Annual report of the Central Committee of the Association together with the report of the directors of the Pasteur Institute at Kasauli
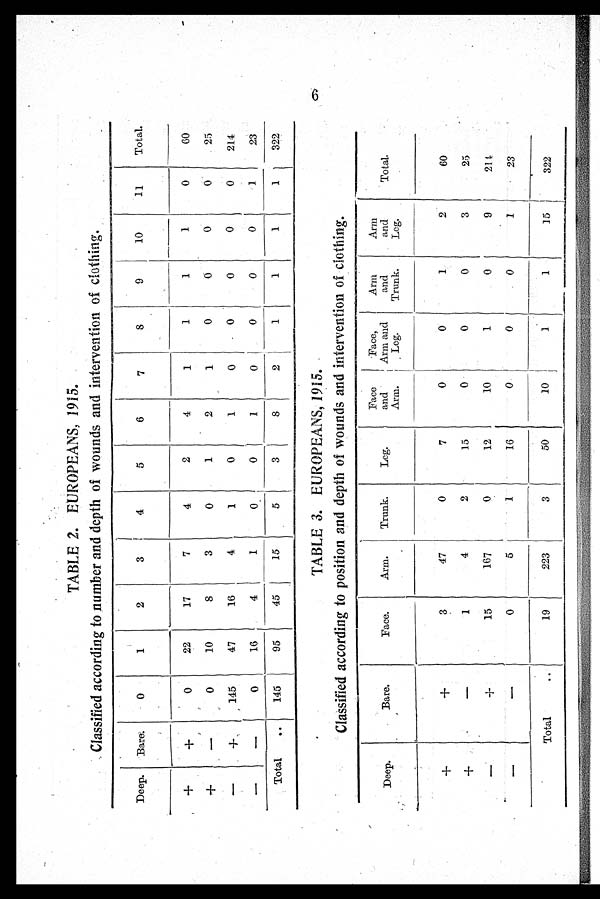
TABLE 2. EUROPEANS, 1915.
Classified according to number and depth of wounds and intervention of clothing.
Deep.
Bare.
0
1
2
3
4
5
6
7
8
9
10
11
Total.
+
+
0
22
17
7
4
2
4
1
1
1
1
0
60
+
—
0
10
8
3
0
1
2
1
0
0
0
0
25
—
+
145
47
16
4
1
0
1
0
0
0
0
0
214
—
—
0
16
4
1
0
0
1
0
0
0
0
1
23
Total ..
145
95
45
15
5 3
8
2
1
1
1
1
322
TABLE 3. EUROPEANS, 1915.
Classified according to position and depth of wounds and intervention of clothing.
Deep.
Bare.
Face.
Arm.
Trunk.
Leg.
Face
and
Arm.
Face
Arm and
Leg.
Arm
and
Trunk.
Arm
and
Leg.
Total.
+
+
3
47
0
7
0
0
1
2
60
+
—
1
4
2
15
0
0
0
3
25
—
+
15
167
0
12
10
1
0
9
2 1 4
— —
0
5
1
16
0
0
0
1
23
Total
..
19
223
3
50
10
1
1
15
322